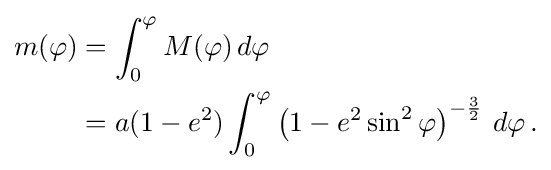
{\begin{aligned}m(\varphi )&=\int _{0}^{\varphi }M(\varphi )\,d\varphi \\&=a(1-e^{2})\int _{0}^{\varphi }\left(1-e^{2}\sin ^{2}\varphi \right)^{-{\frac {3}{2}}}\,d\varphi \,.\end{aligned}}